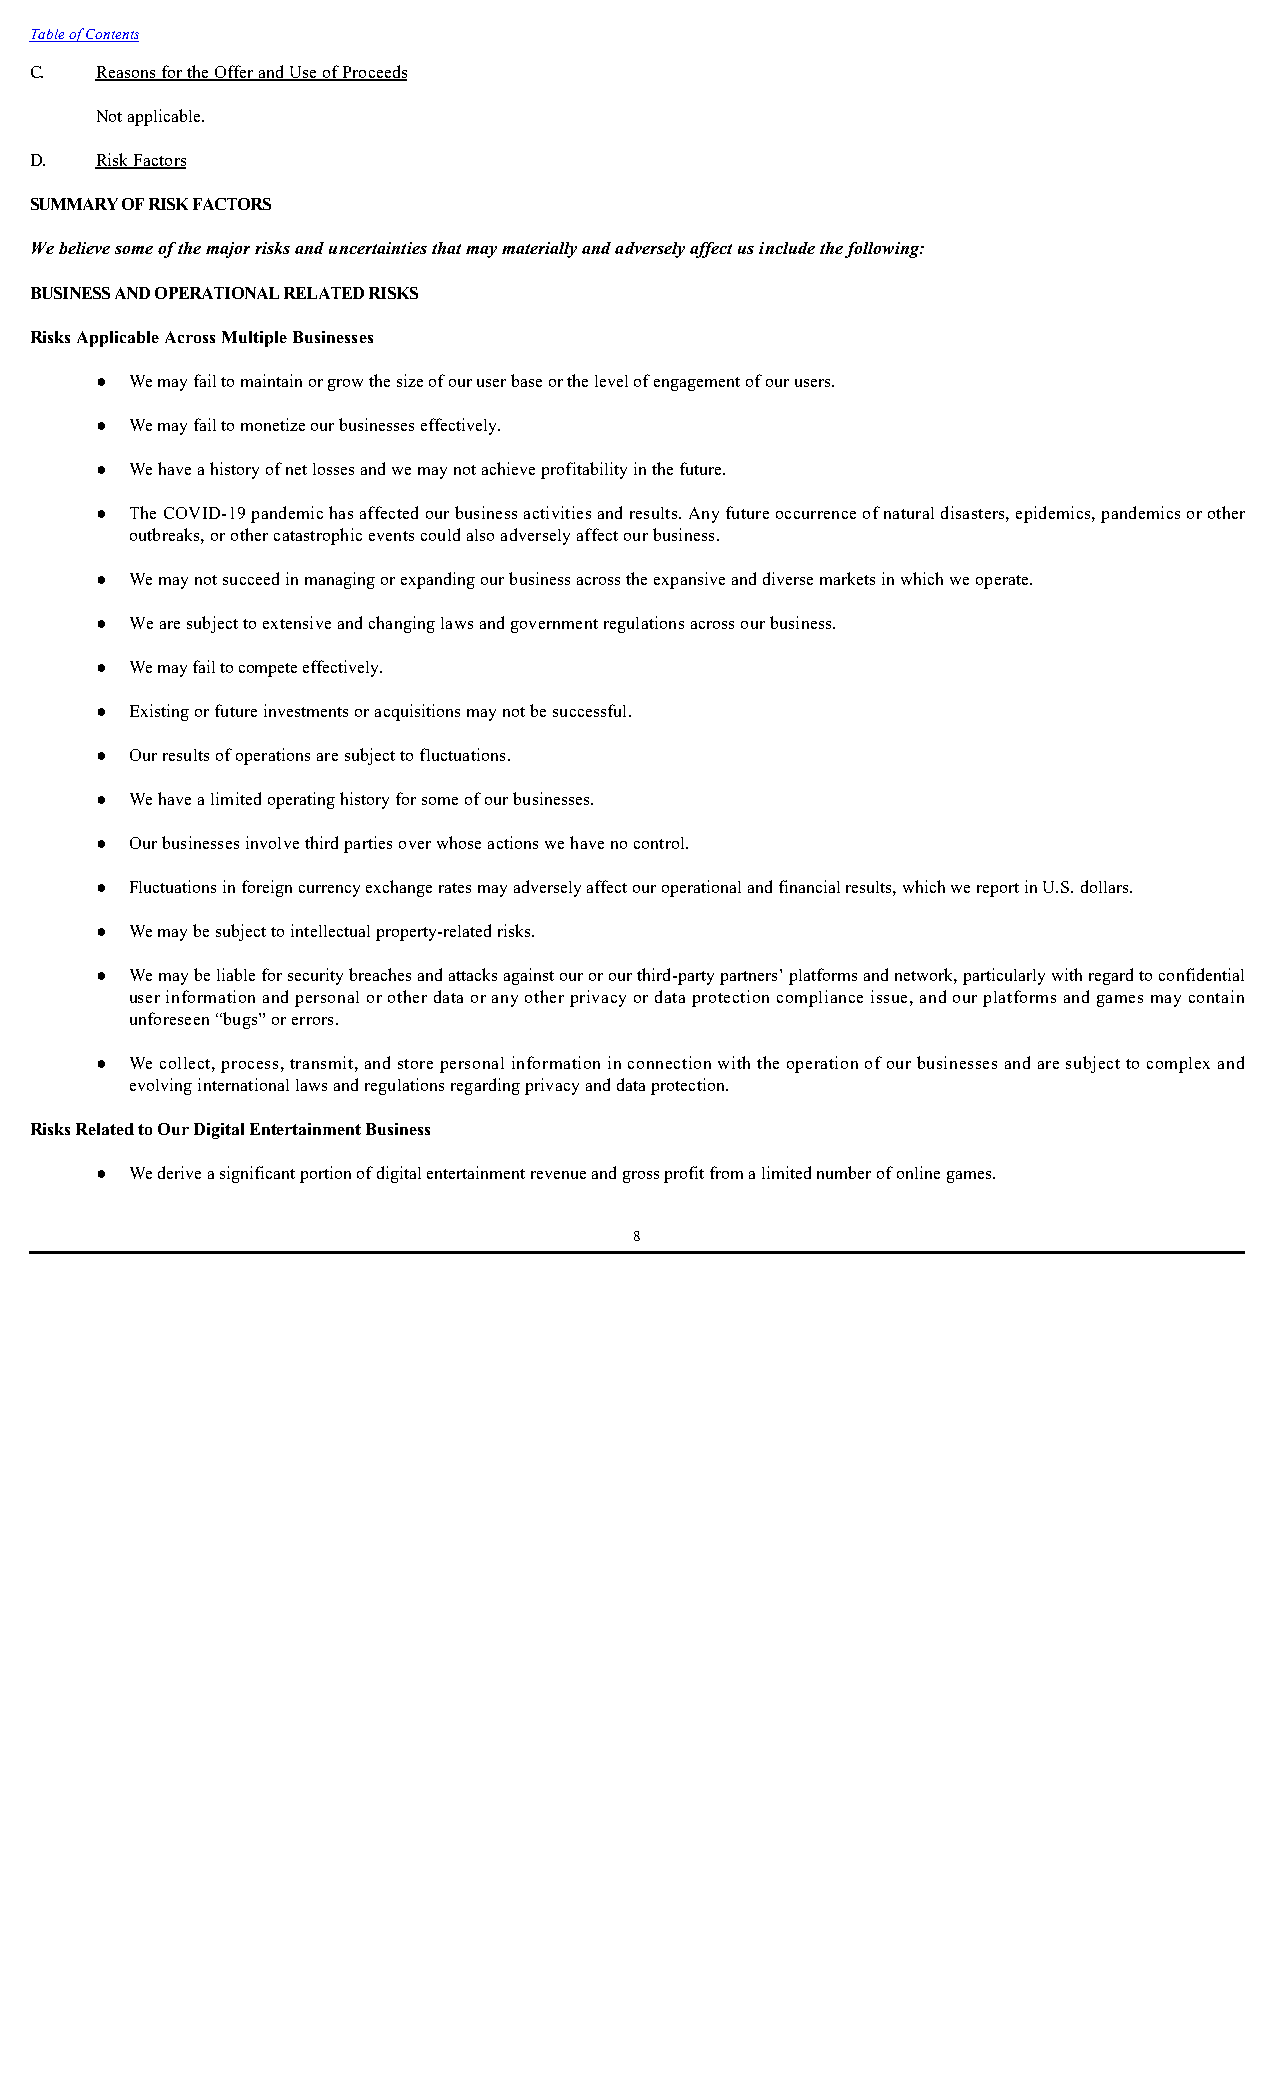
Table of Contents
 C.  Reasons for the Offer and Use of Proceeds
 Not applicable.
 D.  Risk Factors
 SUMMARY OF RISK FACTORS
 We believe some of the major risks and uncertainties that may materially and adversely affect us include the following:
 BUSINESS AND OPERATIONAL RELATED RISKS
 Risks Applicable Across Multiple Businesses
 ●  We may fail to maintain or grow the size of our user base or the level of engagement of our users.
 ●  We may fail to monetize our businesses effectively.
 ●  We have a history of net losses and we may not achieve profitability in the future.
 ●  The COVID-19 pandemic has affected our business activities and results. Any future occurrence of natural disasters, epidemics, pandemics or other
 outbreaks, or other catastrophic events could also adversely affect our business.
 ●  We may not succeed in managing or expanding our business across the expansive and diverse markets in which we operate.
 ●  We are subject to extensive and changing laws and government regulations across our business.
 ●  We may fail to compete effectively.
 ●  Existing or future investments or acquisitions may not be successful.
 ●  Our results of operations are subject to fluctuations.
 ●  We have a limited operating history for some of our businesses.
 ●  Our businesses involve third parties over whose actions we have no control.
 ●  Fluctuations in foreign currency exchange rates may adversely affect our operational and financial results, which we report in U.S. dollars.
 ●  We may be subject to intellectual property-related risks.
 ●  We may be liable for security breaches and attacks against our or our third-party partners’ platforms and network, particularly with regard to confidential
 user information and personal or other data or any other privacy or data protection compliance issue, and our platforms and games may contain
 unforeseen “bugs” or errors.
 ●  We collect, process, transmit, and store personal information in connection with the operation of our businesses and are subject to complex and
 evolving international laws and regulations regarding privacy and data protection.
 Risks Related to Our Digital Entertainment Business
 ●  We derive a significant portion of digital entertainment revenue and gross profit from a limited number of online games.
 8